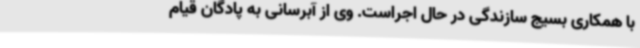
با همکاری بسیج سازندگی در حال اجراست. وی از آبرسانی به پادگان قیام